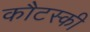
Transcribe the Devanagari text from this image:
कौटस्की